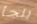
يلجأ